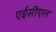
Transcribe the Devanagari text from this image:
एईसीएल